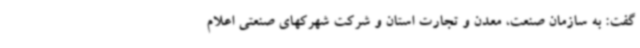
گفت: به سازمان صنعت، معدن و تجارت استان و شرکت شهرکهای صنعتی اعلام